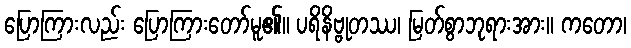
ပြောကြားလည်း ပြောကြားတော်မူ၏။ ပရိနိဗ္ဗုတဿ၊ မြတ်စွာဘုရားအား။ ကတော၊